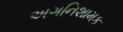
અગનિશામક